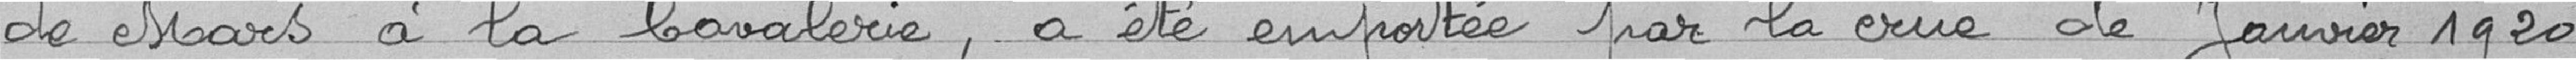
de mars à la cavalerie, a été emporté par la crue de janvier 1920.